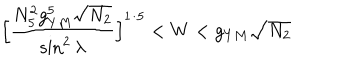
\Big [ \frac { N _ { 5 } ^ { 2 } g _ { Y M } ^ { 5 } \sqrt { N _ { 2 } } } { \sin ^ { 2 } \lambda } \Big ] ^ { 1 / 5 } < W < g _ { Y M } \sqrt { N _ { 2 } }